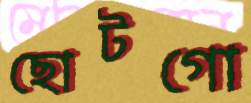
ছোটগো